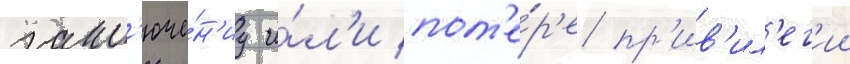
закл'юче́н'иу и́л'и пот'е́р'е пр'ив'ил'ег'ии